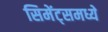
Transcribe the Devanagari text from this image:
सिमेंट्समध्ये